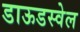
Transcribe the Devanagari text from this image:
डाऊडस्वेल